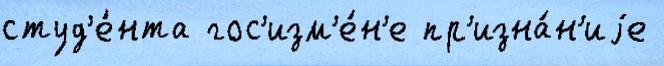
студ'е́нта гос'изм'е́н'е пр'изна́н'иjе